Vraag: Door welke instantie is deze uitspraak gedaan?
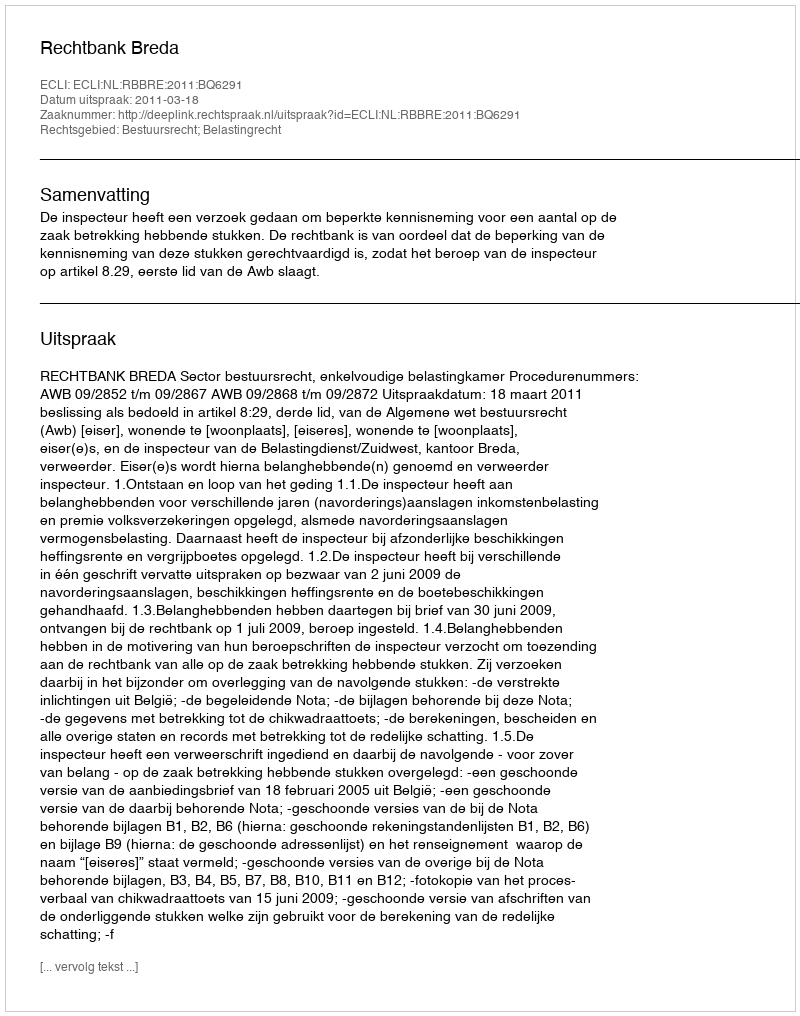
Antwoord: Rechtbank Breda